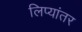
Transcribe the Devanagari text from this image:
लिप्यांतर